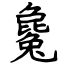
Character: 毚